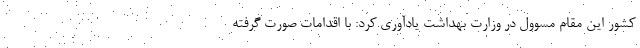
کشور این مقام مسوول در وزارت بهداشت یادآوری کرد: با اقدامات صورت گرفته